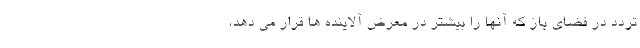
تردد در فضای باز که آنها را بیشتر در معرض آلاینده ها قرار می دهد،